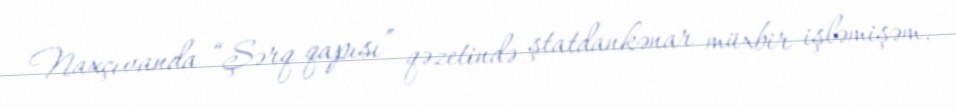
Naxçıvanda “Şərq qapısı” qəzetində ştatdankənar müxbir işləmişəm.